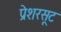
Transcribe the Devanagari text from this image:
प्रेशरसूट